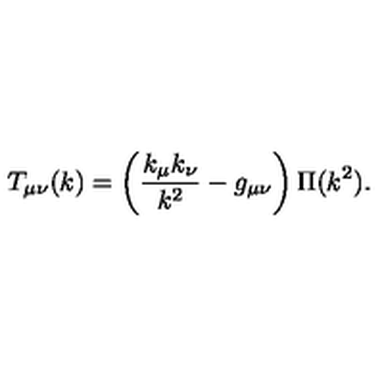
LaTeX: T _ { \mu \nu } ( k ) = \left( \frac { k _ { \mu } k _ { \nu } } { k ^ { 2 } } - g _ { \mu \nu } \right) \Pi ( k ^ { 2 } ) .